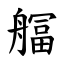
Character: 䒄